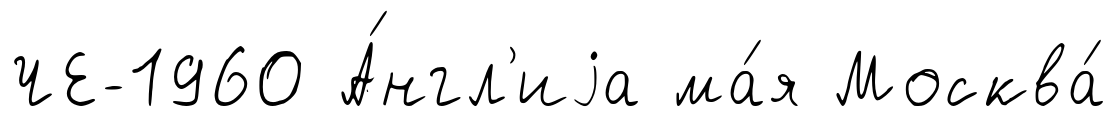
ЧЕ-1960 А́нгл'иjа ма́я Москва́